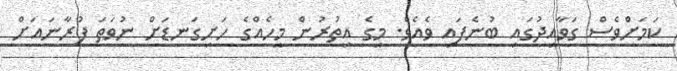
ކަމަށްވެސް ގަވާއިދުގައި ބުނެފައި ވެއެވެ. މީގެ އިތުރުން މީހެއްގެ ހަށިގަނޑަށް ނުވަތަ ފުރާނައަށް